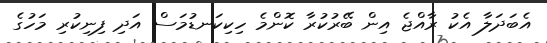
އެބަދަލާ އެކު ރާއްޖެ އިން ބޭރުކުރާ ކޮންމެ ހިކިކަނޑުމަސް އަދި ފިނިކުރި މަހުގެ